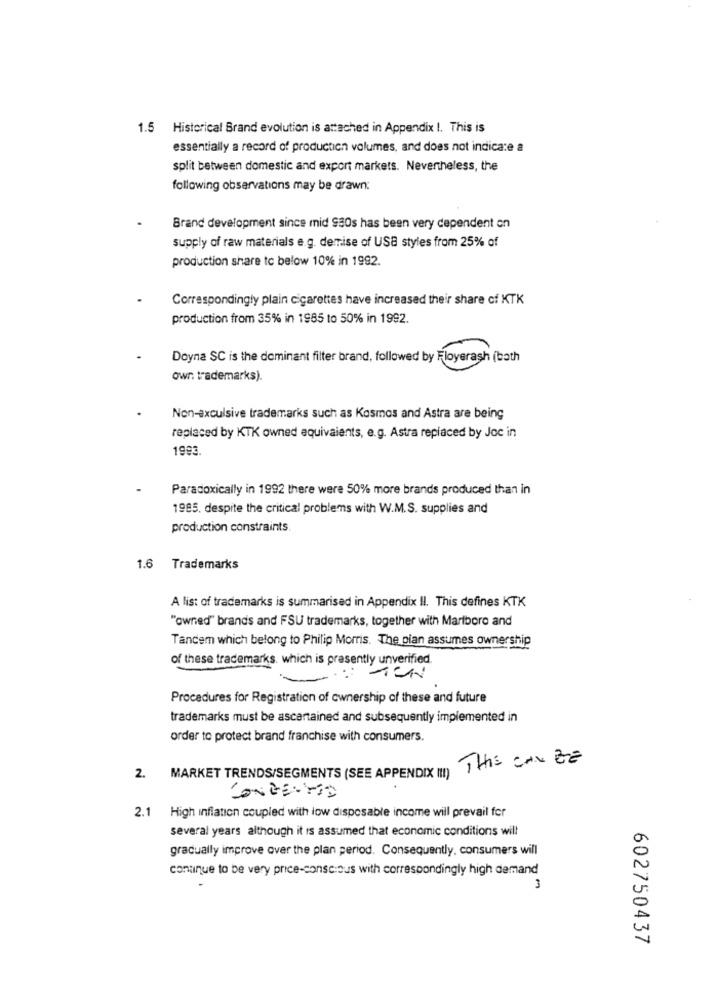
1.5 Historical Brand evolution is attached in Appendix I. This is
essentially a record of production volumes, and does not indica:e a
split between domestic and export markets. Nevertheless, the
following observations may be drawn:
Brand development since mid $30s has been very dependent on
supply of raw materials e.g. demise of USB styles from 25% of
production share tc below 10% in 1992.
Correspondingly plain cigarettes have increased their share of KTK
production from 35% in 1985 to 50% in 1992.
Doyna SC is the dominant filter brand, followed by Floyerash (bath
owr. trademarks).
Non-exculsive trademarks such as Kosmos and Astra are being
replaced by KTK owned aquivaients, e.g. Astra replaced by Joc in
1993
Paradoxically in 1992 there were 50% more brands produced than in
1985. despite the critical problems with W.M.S. supplies and
production constraints
1.6 Trademarks
A list of trademarks is summarised in Appendix Il. This defines KTK
"owned" brands and FSU trademarks, together with Marlboro and
Tandem which belong to Philip Morris. The pian assumes ownership
of these trademarks. which is presently unverified.
Procedures for Registration of ownership of these and future
trademarks must be ascantained and subsequently implemented in
order to protect brand franchise with consumers.
THIS CAN BE
2.
MARKET TRENDS/SEGMENTS (SEE APPENDIX ( !! )
CONCERNED
2.1 High inflation coupled with low disposable income will prevail for
several years although it is assumed that economic conditions will
gradually improve over the plan period. Consequently, consumers will
continue to be very price-conscious with correspondingly high demand
3
602750437